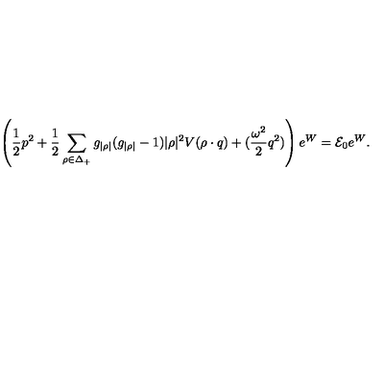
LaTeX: \left( { \frac { 1 } { 2 } } p ^ { 2 } + { \frac { 1 } { 2 } } \sum _ { \rho \in \Delta _ { + } } g _ { | \rho | } ( g _ { | \rho | } - 1 ) | \rho | ^ { 2 } V ( \rho \cdot q ) + ( { \frac { \omega ^ { 2 } } { 2 } } q ^ { 2 } ) \right) e ^ { W } = { \cal E } _ { 0 } e ^ { W } .